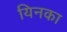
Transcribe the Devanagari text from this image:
यिनका